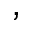
,